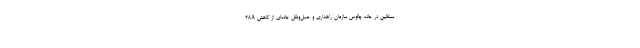
سنگین در جاده چالوس سازمان راهداری و حمل‌ونقل جاده‌ای از کاهش ۲۸.۹